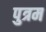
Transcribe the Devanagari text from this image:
पुत्रम